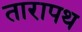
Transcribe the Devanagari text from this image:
तारापथ